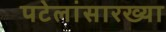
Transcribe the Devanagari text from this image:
पटेलांसारख्या